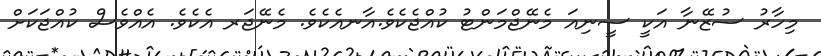
މިހާރު ސުޒޭނާ އަކީ ސީނިއަ މެނޭޖްމަންޓު ކުއްޖެކެވެ.އާނއެކެވެ. މެނޭޖަރ އެކެވެ. އެއްވެސް ކުއްޖަކަށް